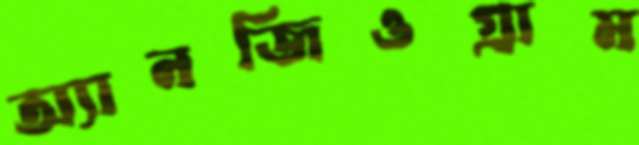
অ্যানজিওগ্রাম